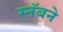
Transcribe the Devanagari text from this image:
स्नॅबने